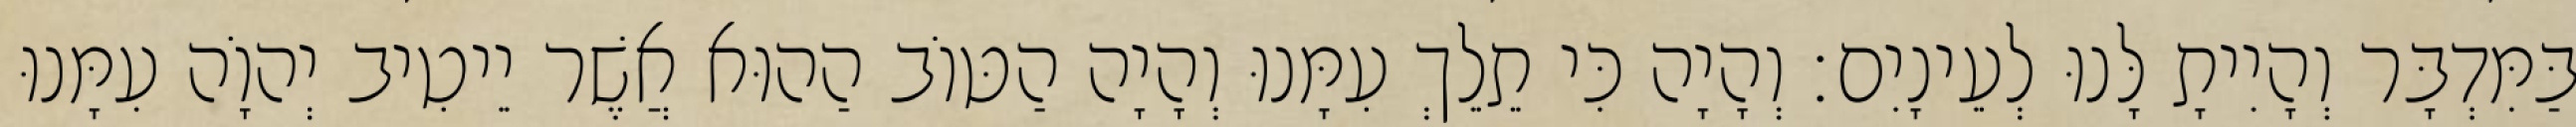
בַּמִּדְבָּר וְהָיִיתָ לָּנוּ לְעֵינָיִם׃ וְהָיָה כִּי תֵלֵךְ עִמָּנוּ וְהָיָה הַטּוֹב הַהוּא אֲשֶׁר יֵיטִיב יְהוָֹה עִמָּנוּ